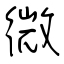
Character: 微